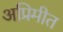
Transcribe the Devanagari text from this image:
अप्रिमीत